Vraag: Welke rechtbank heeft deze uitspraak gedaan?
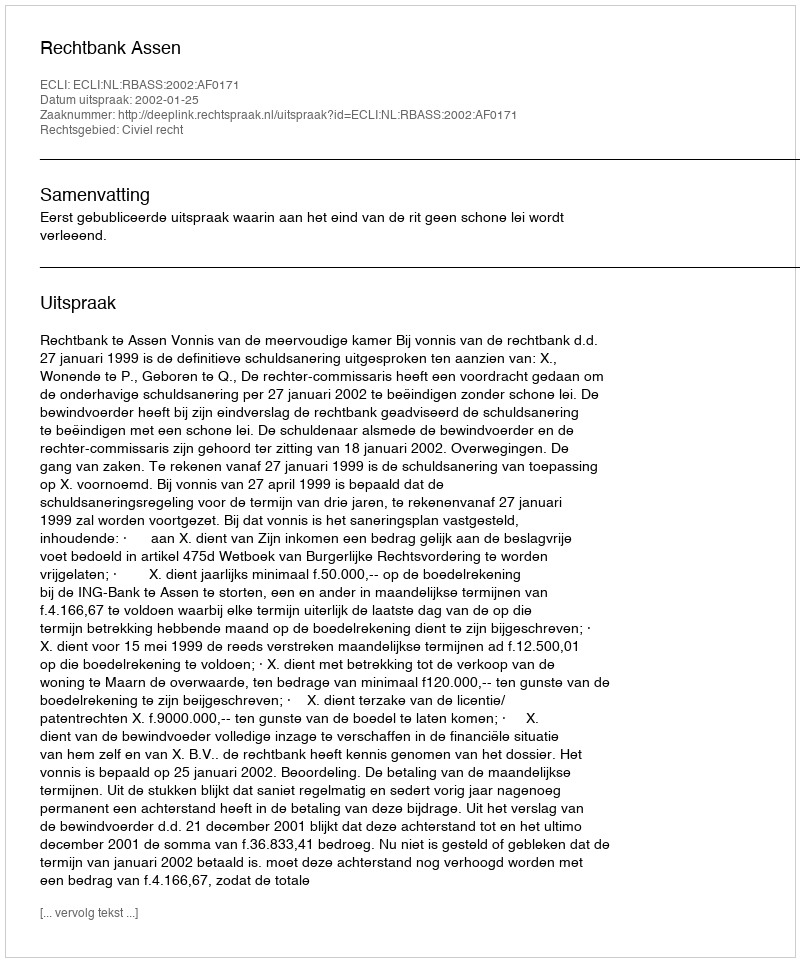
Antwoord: Rechtbank Assen